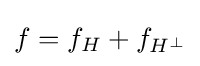
f=f_{H}+f_{H^{\bot }}